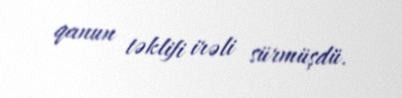
qanun təklifi irəli sürmüşdü.